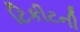
ટિકીટની